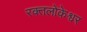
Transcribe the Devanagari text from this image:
रक्तलोकेश्वर